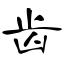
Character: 齿